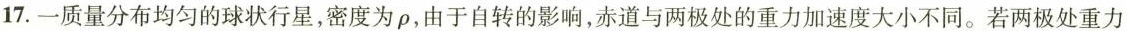
17.一质量分布均匀的球状行星，密度为\rho ，由于自转的影响，赤道与两极处的重力加速度大小不同。若两极处重力